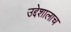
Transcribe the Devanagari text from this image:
उद्देशालाच